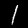
Label: 1